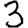
Digit: 3